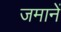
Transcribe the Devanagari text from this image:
जमानें